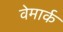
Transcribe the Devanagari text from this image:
वेमार्क